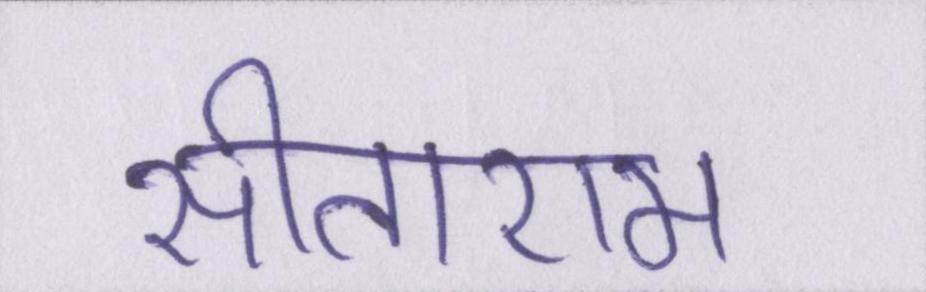
सीताराम